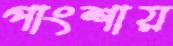
পাংশায়